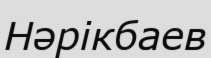
Нәрікбаев